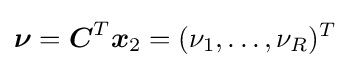
{\boldsymbol {\nu }}={\boldsymbol {C}}^{T}{\boldsymbol {x}}_{2}=(\nu _{1},\ldots ,\nu _{R})^{T}